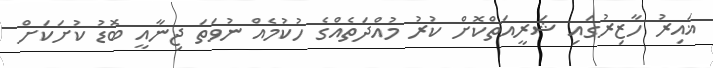
ޣައިރު ހާޒިރުގައި ޝަރީއަތްކޮށް ކުރު މުއްދަތެއްގެ ހުކުމެއް ނުވަތަ ޖިނާއީ ބޮޑު ކުށަކަށް